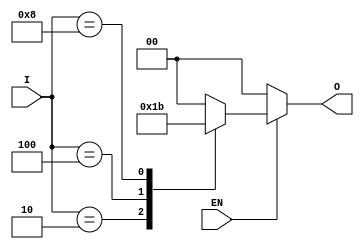
module encoder_1_of_N (
    input wire EN,          // Enable signal
    input wire [3:0] I,    // 4 input lines (I[3], I[2], I[1], I[0])
    output reg [1:0] O     // 2-bit output for the index
);

    always @(*) begin
        if (!EN) begin
            // If not enabled, output is set to 00
            O = 2'b00;
        end else begin
            // Default to 00 for no active input
            O = 2'b00;

            case (I)
                4'b0001: O = 2'b00; // Input I[0] is active
                4'b0010: O = 2'b01; // Input I[1] is active
                4'b0100: O = 2'b10; // Input I[2] is active
                4'b1000: O = 2'b11; // Input I[3] is active
                default: O = 2'b00; // If no input is active or multiple inputs are active
            endcase
        end
    end

endmodule